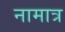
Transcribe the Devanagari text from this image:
नामात्र